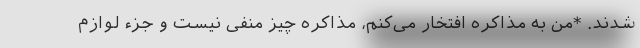
شدند. *من به مذاکره افتخار می‌کنم، مذاکره چیز منفی نیست و جزء لوازم